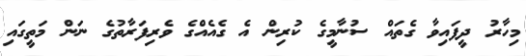
މިހާރު ދީފައިވާ ގެތައް ސުނާމީގެ ކުރިން އެ ގެއެއްގެ ވެރިފަރާތުގެ ނަން މަތީގައި